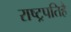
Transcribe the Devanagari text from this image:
राष्ट्रपतिहै